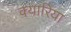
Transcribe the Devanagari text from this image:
क्यारिया